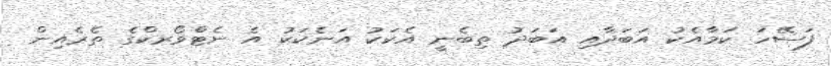
ފަސޭހަ ކަމާއެކު އަބަދާއި އަބަދު ތިބެނީ އެކަކު އަނެކަކު އެ ނެޓްވޯރކްގެ ތެރެއިން